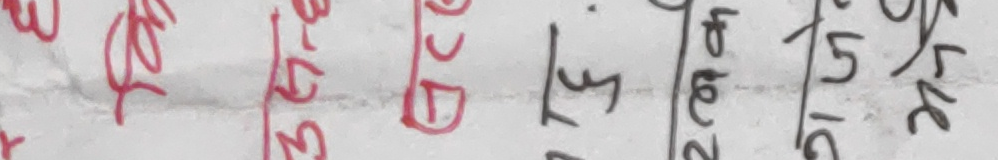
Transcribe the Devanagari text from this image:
बुग २५ छेद ५ २/८ १५/१६ ५/२८